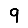
Digit: 9